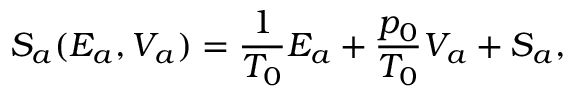
S _ { a } ( E _ { a } , V _ { a } ) = \frac { 1 } { T _ { 0 } } E _ { a } + \frac { p _ { 0 } } { T _ { 0 } } V _ { a } + S _ { a } ,